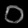
Digit: ၁